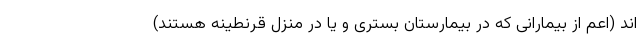
اند (اعم از بیمارانی که در بیمارستان بستری و یا در منزل قرنطینه هستند)